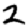
Digit: 2